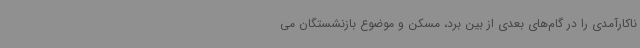
ناکارآمدی را در گام‌های بعدی از بین برد، مسکن و موضوع بازنشستگان می